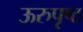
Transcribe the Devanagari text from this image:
ऊरुपृष्ठ